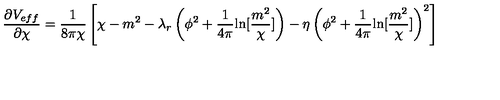
\frac { \partial V _ { e f f } } { \partial \chi } = \frac { 1 } { 8 \pi \chi } \left[ \chi - m ^ { 2 } - \lambda _ { r } \left( \phi ^ { 2 } + \frac { 1 } { 4 \pi } { \ln } [ \frac { m ^ { 2 } } { \chi } ] \right) - \eta \left( \phi ^ { 2 } + \frac { 1 } { 4 \pi } { \ln } [ \frac { m ^ { 2 } } { \chi } ] \right) ^ { 2 } \right]